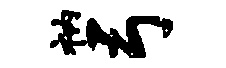
衲弓